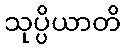
သုပ္ပိယာတိ